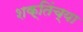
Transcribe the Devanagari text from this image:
शक्तिंच्या